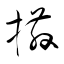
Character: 撒